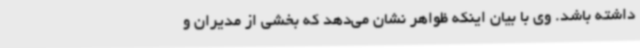
داشته باشد. وی با بیان اینکه ظواهر نشان می‌دهد که بخشی از مدیران و